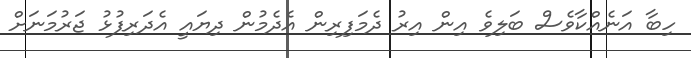
ހިބާ އަނެއްކާވެސް ބަލިވެ އިން އިރު ދެމަފިރިން އެދެމުން ދިޔައީ އެދަރިފުޅު ޖަރުމަނަށް